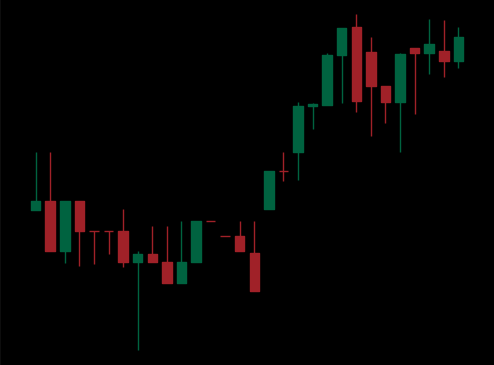
Pattern: unclassified